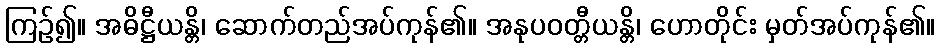
ကြဉ်၍။ အဓိဋ္ဌီယန္တိ၊ ဆောက်တည်အပ်ကုန်၏။ အနုပဝတ္တီယန္တိ၊ ဟောတိုင်း မှတ်အပ်ကုန်၏။